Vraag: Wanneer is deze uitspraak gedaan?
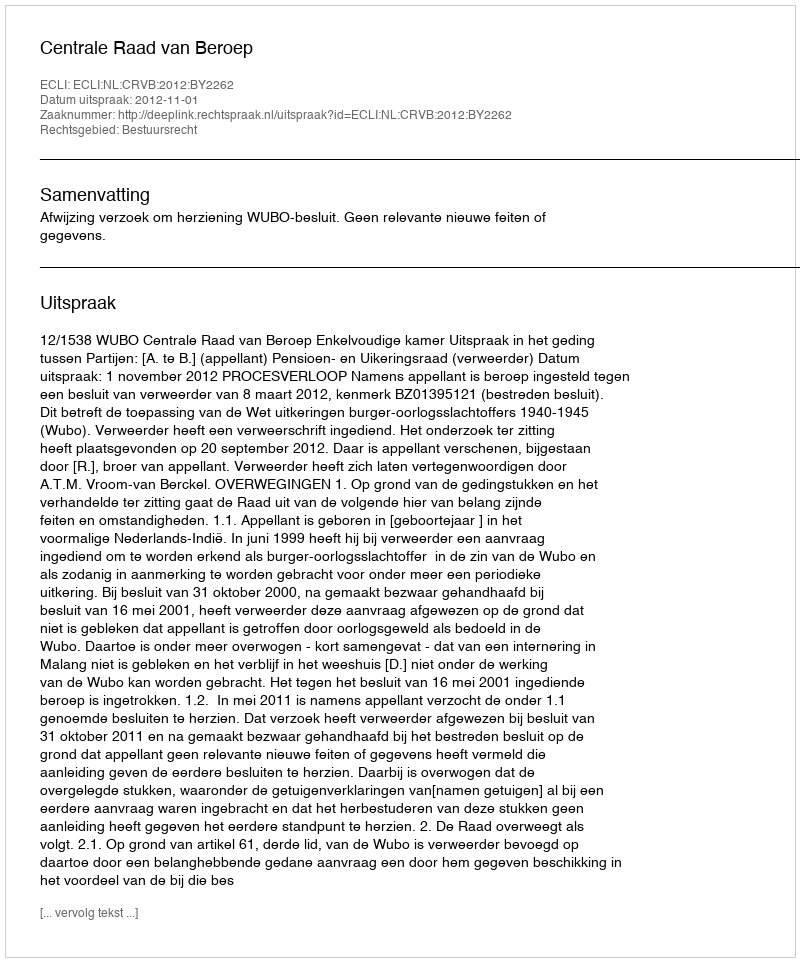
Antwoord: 2012-11-01